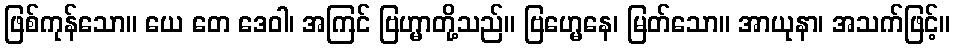
ဖြစ်ကုန်သော။ ယေ တေ ဒေဝါ၊ အကြင် ဗြဟ္မာတို့သည်။ ဗြဟ္မေနေ၊ မြတ်သော။ အာယုနာ၊ အသက်ဖြင့်။